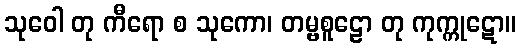
သုဝေါ တု ကီရော စ သုကော၊ တမ္ဗစူဠော တု ကုက္ကုဋော။